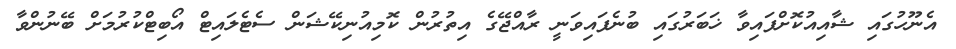
އެނޫހުގައި ޝާއިއުކޮށްފައިވާ ޚަބަރުގައި ބުނެފައިވަނީ ރާއްޖޭގެ އިތުރުން ކޮމިއުނިކޭޝަން ސެޓެލައިޓް އޯބިޓްކުރުމަށް ބޭނުންވާ